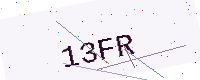
Text: 13FR